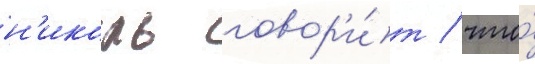
н'иколь говор'и́т / что́